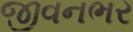
જીવનભર